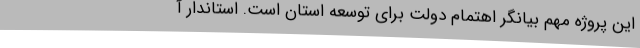
این پروژه مهم بیانگر اهتمام دولت برای توسعه استان است. استاندار آ